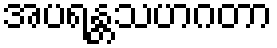
အပရန္တသဟဂတာ